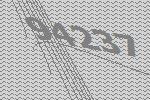
94237